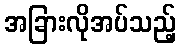
အခြားလိုအပ်သည့်